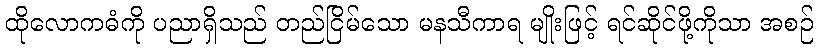
ထိုလောကဓံကို ပညာရှိသည် တည်ငြိမ်သော မနသီကာရ မျိုးဖြင့် ရင်ဆိုင်ဖို့ကိုသာ အစဉ်